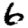
Digit: 6